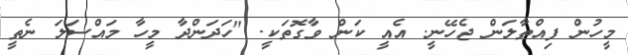
މީހުން ފިއްތާލަން ޖެހޭނީ. އެއީ ކަން ވާގޮތަކީ. "ހަދަންދާ މީހާ މައްސަލަ ނެތީ